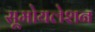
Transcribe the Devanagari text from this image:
सूमोयलेशन